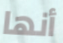
أنها